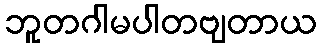
ဘူတဂါမပါတဗျတာယ